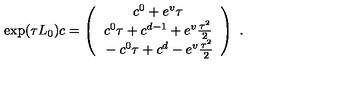
\exp ( \tau L _ { 0 } ) c = \left( \begin{array} { c } { \strut c ^ { 0 } + e ^ { v } \tau } \\ { \strut c ^ { 0 } \tau + c ^ { d - 1 } + e ^ { v } { \frac { \tau ^ { 2 } } { 2 } } } \\ { \strut - c ^ { 0 } \tau + c ^ { d } - e ^ { v } { \frac { \tau ^ { 2 } } { 2 } } } \\ \end{array} \right) \ .